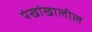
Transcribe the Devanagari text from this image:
पंखांखालील